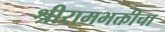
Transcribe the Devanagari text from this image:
श्रीरामभक्तीचा